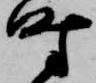
時